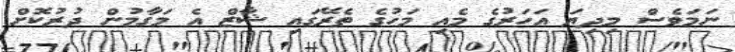
ނަމަވެސް މިދިޔަ އަހަރުގެ މެއި މަހުގެ ތެރޭގައި ޝާޒް އެ މަގާމުން ދުރުކޮށް